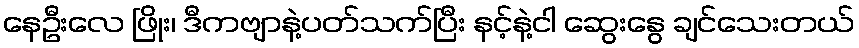
နေဦးလေ ဖြိုး၊ ဒီကဗျာနဲ့ပတ်သက်ပြီး နင့်နဲ့ငါ ဆွေးနွေ ချင်သေးတယ်